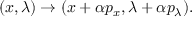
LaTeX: ( x , \lambda ) \to ( x + \alpha p _ { x } , \lambda + \alpha p _ { \lambda } ) .